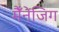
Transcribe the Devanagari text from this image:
मैँनेंजिग